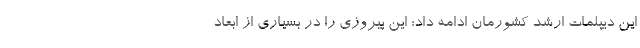
این دیپلمات ارشد کشورمان ادامه داد: این پیروزی را در بسیاری از ابعاد